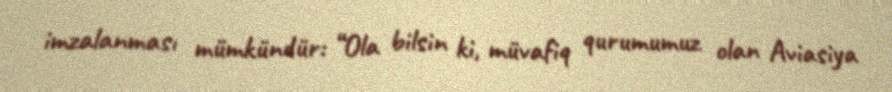
imzalanması mümkündür: “Ola bilsin ki, müvafiq qurumumuz olan Aviasiya